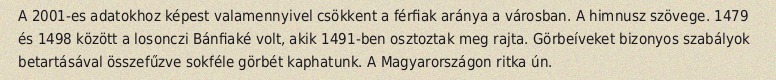
A 2001-es adatokhoz képest valamennyivel csökkent a férfiak aránya a városban. A himnusz szövege. 1479 és 1498 között a losonczi Bánfiaké volt, akik 1491-ben osztoztak meg rajta. Görbeíveket bizonyos szabályok betartásával összefűzve sokféle görbét kaphatunk. A Magyarországon ritka ún.